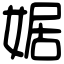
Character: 婮